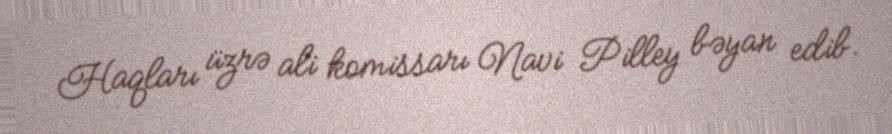
Haqları üzrə ali komissarı Navi Pilley bəyan edib.